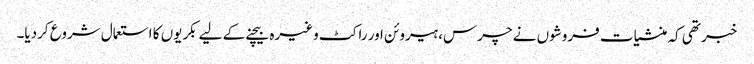
خبر تھی کہ منشیات فروشوں نے چرس، ہیروئن اور راکٹ وغیرہ بیچنے کے لیے بکریوں کا استعمال شروع کردیا۔